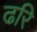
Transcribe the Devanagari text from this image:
ढरि